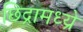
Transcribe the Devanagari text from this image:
छिद्रामध्य्रे